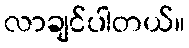
လာချင်ပါတယ်။